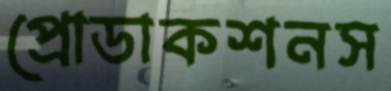
প্রোডাকশনস